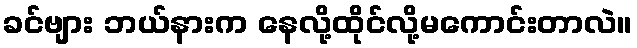
ခင်ဗျား ဘယ်နားက နေလို့ထိုင်လို့မကောင်းတာလဲ။